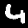
Label: 4